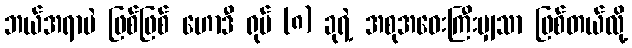
ဘယ်အရာပဲ ဖြစ်ဖြစ် ဟောဒီ ရုပ် (၈) ခုရဲ့ အစုအဝေးကြီးမျှသာ ဖြစ်တယ်လို့